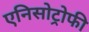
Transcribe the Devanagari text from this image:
एनिसोट्रोफी